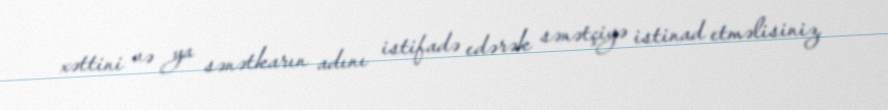
xəttini və ya sənətkarın adını istifadə edərək sənətçiyə istinad etməlisiniz.